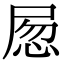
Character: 𡱽